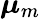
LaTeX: \boldsymbol{\mu}_{m}